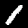
Label: 1